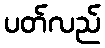
ပတ်လည်